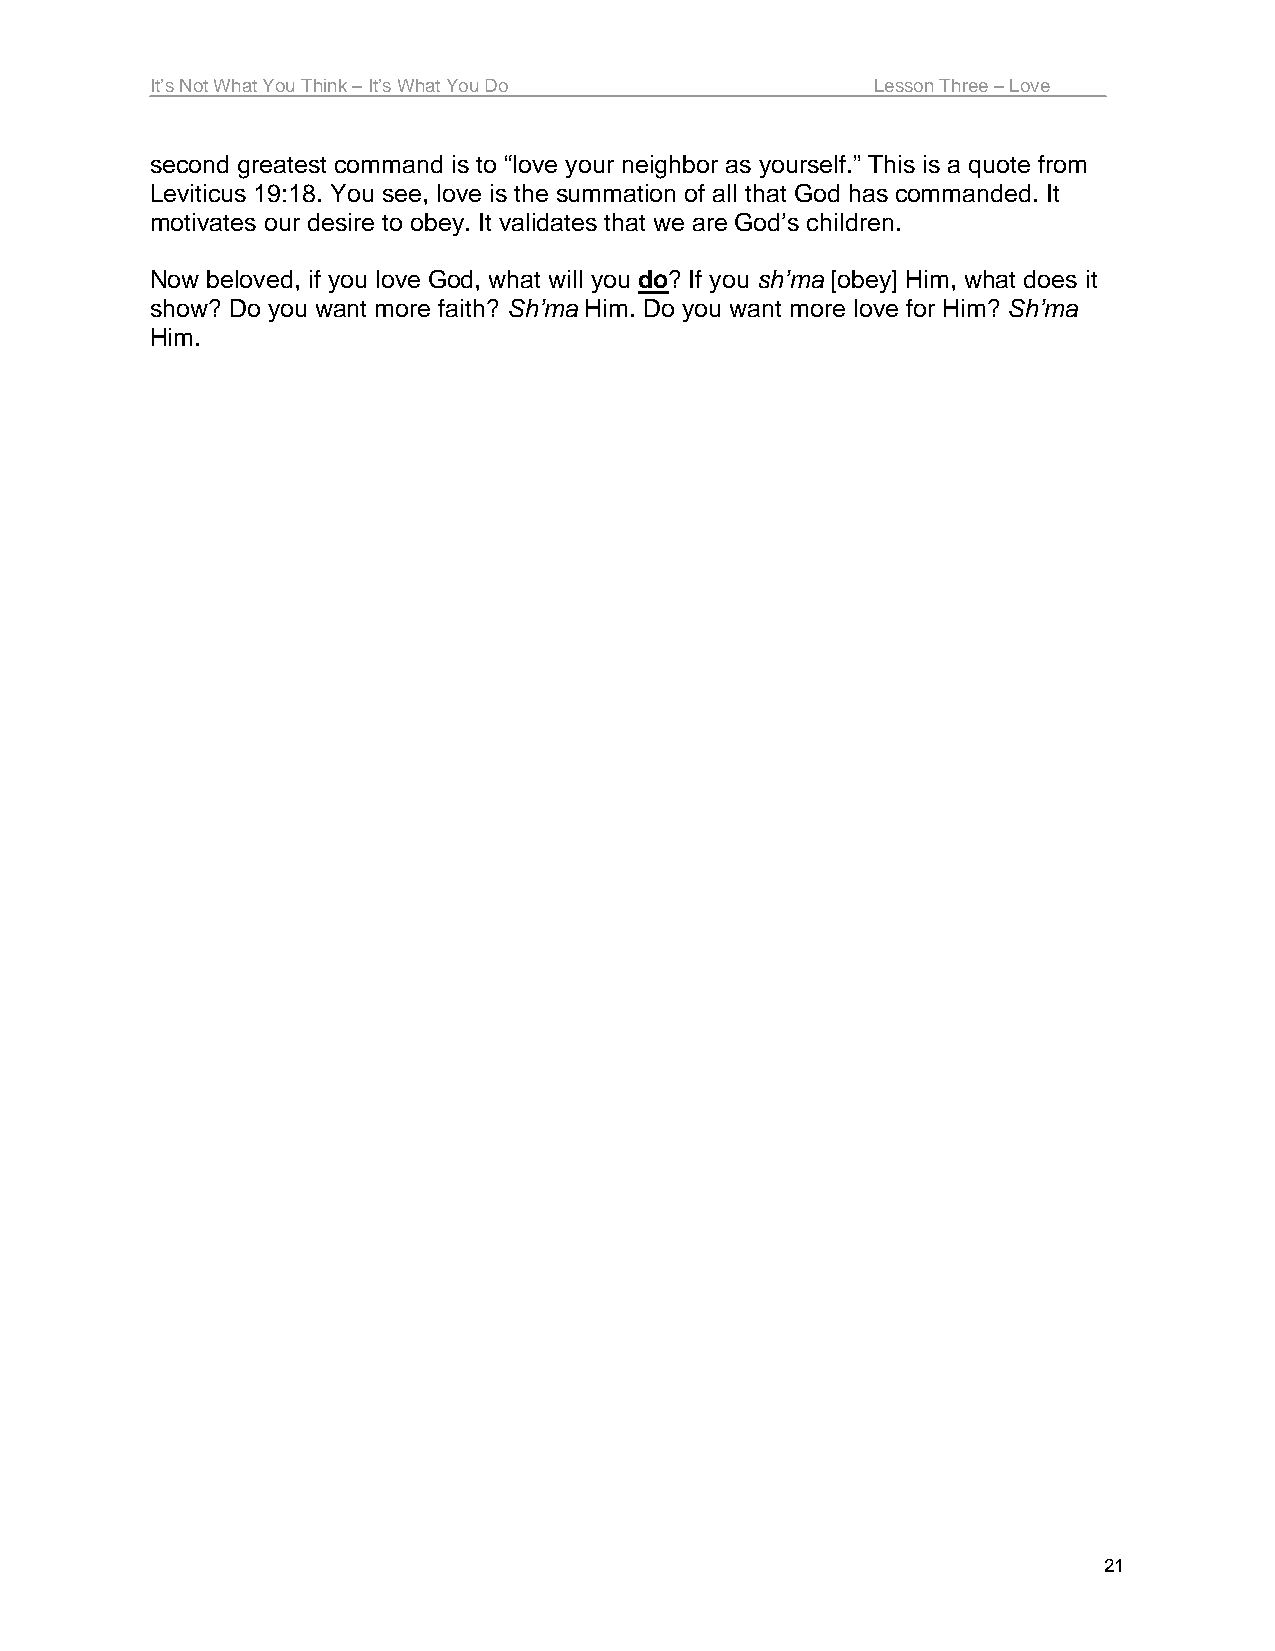
It’s Not What You Think – It’s What You Do      Lesson Three – Love
 second greatest command is to “love your neighbor as yourself.” This is a quote from
 Leviticus 19:18. You see, love is the summation of all that God has commanded. It
 motivates our desire to obey. It validates that we are God’s children.
 Now beloved, if you love God, what will you do? If you sh’ma [obey] Him, what does it
 show? Do you want more faith? Sh’ma Him. Do you want more love for Him? Sh’ma
 Him.
 21